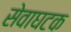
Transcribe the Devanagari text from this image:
सेवाघटक